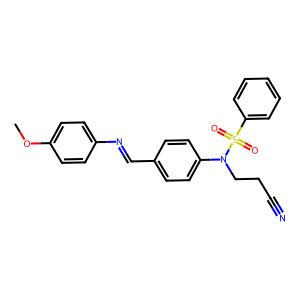
SMILES: COc1ccc(N=Cc2ccc(N(CCC#N)S(=O)(=O)c3ccccc3)cc2)cc1
Inhibits HIV replication: No